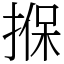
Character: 㨐